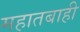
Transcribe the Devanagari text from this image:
महातबाही